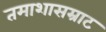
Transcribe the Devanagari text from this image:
तमाशासम्राट